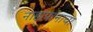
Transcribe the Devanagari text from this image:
नाहापानाचा